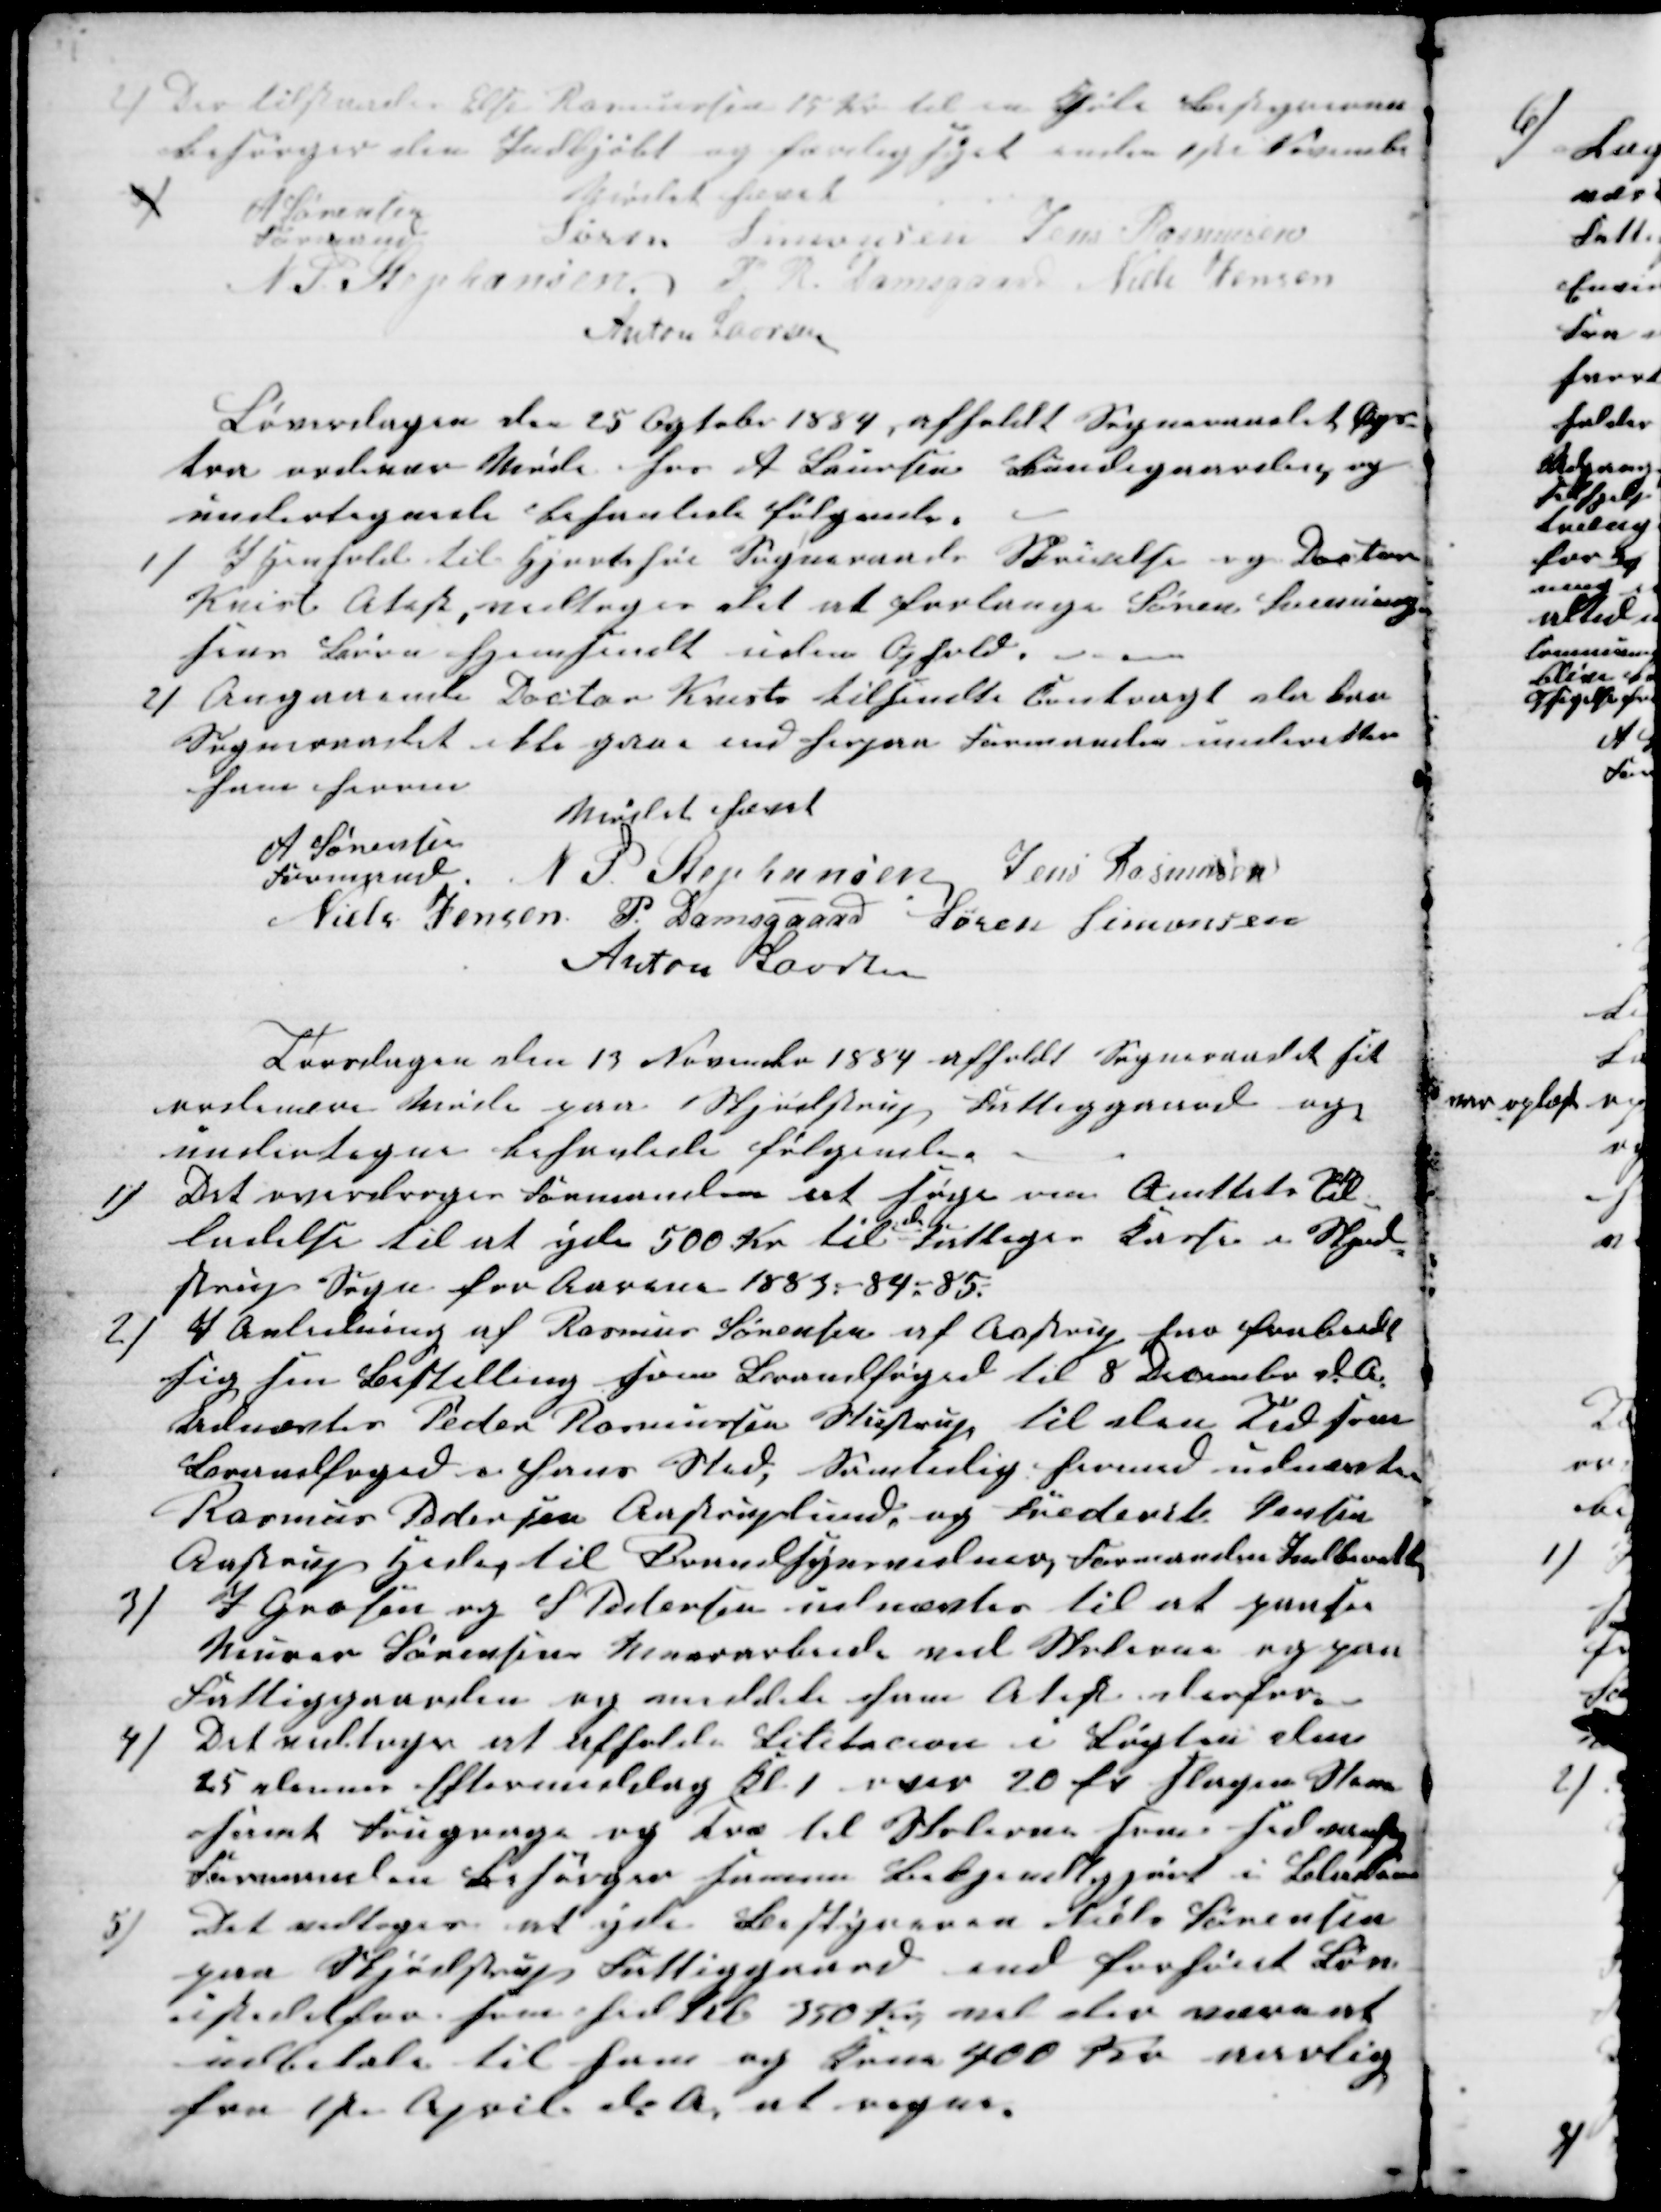
Transskription:
1) Der tilstodes Else Rasmussen 15 Kr til en Kjole Bestyreren
besørger den Indkjøbt og færdigsyet inden 1ste November
2)
Mødet hævet
A Sørensen
Formand
Søren Simonsen Jens Rasmusen
N. P. Stephansen P. R. Damsgaard Niels Jensen
Anton Laursen
Løverdagen den 15 Ogtober 1884, afholdt Sogneraadet Æx-
tra ordinær Møde hos A Laursen Bundegaarden, og
undertegnede behanlede følgende.
1) I Henhold til Hjortshøi Sogneraads Skrivelse og Doctor
Kvist Atest, vedtoges det at forlange Søren Svenning-
sens Børn hjemsendt uden Ophold.
2) Angaaende Doctor Kvists tilsendte Contragt der kan
Sogneraadet ikke gaa ind herpaa Formanden underetter
ham herom
Mødet hævet
A Sørensen
Formand
N. P. Stephansen Jens Rasmusen
Niels Jensen P. Damsgaard Søren Simonsen
Anton Laursen
Torsdagen den 13 November 1884 afholdt Sogneraadet sit
ordinære Møde paa Skjødstrup Fattiggaard og
undertegne behanlede følgende
1)
Det overdroges Formanden at søge om Amtets Til-
ladelse til at yde 500 Kr. til 
de
Fattiges Kasse i Skjød-
strup Sogn for Aarene 1883 - 84 - 85.
2)
I Anledning af Rasmus Sørensen af Aastrup har frabedt
sig sin Bestilling som Brandfoged til 8 December d. A.
Udnævtes Peder Rasmussen Stustrup til den Tid som
Brandfoged i hans Sted, Samtidig hermed udnævtes
Rasmus Pedersen Aastruplund, og Frederik Jensen
Aastrup Hede, til Brandsynsvidner, Formanden Indberetter
3)
J Grosen og S Pedersen udnævtes til at paase
Murer Sørensens Murerarbeide ved Skolen og paa
Fattiggaarden og meddele ham Atest derfor.
4)
Det vedtoges at afholde Lilitacion i Løgten den
25 dennes Eftermiddag Kl. 1 over 20 fv slagen Steen
samt Fougrage og Træ til Skolerne som sedvanlig
Formanden Besørger samme Bekjendtgjort i Bladene
5)
Det vedtoges at yde Bestyreren Niels Sørensen
paa Skjødstrup Fattiggaard end forhøiet Løn
istedetfor som hidtil 350 Kr, vil der snarest
udbetales til ham og Konen 400 Kr aarlig,
fra 1ste April d. A. at regne.